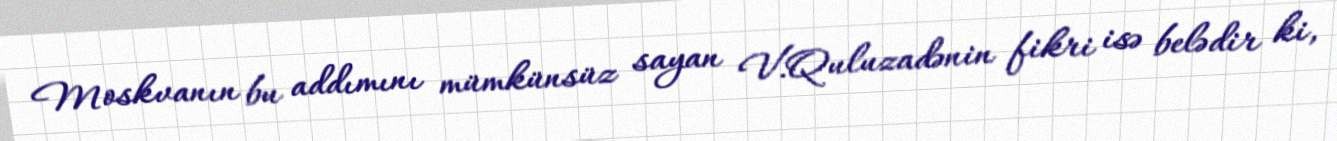
Moskvanın bu addımını mümkünsüz sayan V.Quluzadənin fikri isə belədir ki,